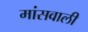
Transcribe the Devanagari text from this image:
मांसवाली